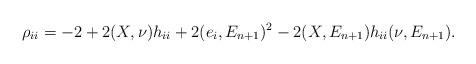
LaTeX: \begin{align*}\rho_{ii}=-2+2(X,\nu)h_{ii}+2(e_{i},E_{n+1})^{2}-2(X,E_{n+1})h_{ii}(\nu,E_{n+1}).\end{align*}